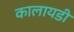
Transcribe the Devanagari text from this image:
कालायडी